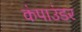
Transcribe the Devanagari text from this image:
कंपाउंडर